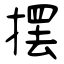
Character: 摆